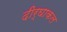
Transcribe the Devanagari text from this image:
दीर्घाकल